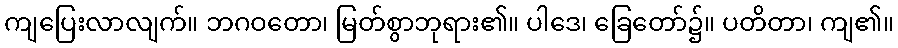
ကျပြေးလာလျက်။ ဘဂဝတော၊ မြတ်စွာဘုရား၏။ ပါဒေ၊ ခြေတော်၌။ ပတိတာ၊ ကျ၏။